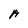
Character: A